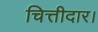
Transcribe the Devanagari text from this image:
चित्तीदार।